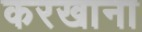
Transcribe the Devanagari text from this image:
करखाना